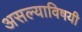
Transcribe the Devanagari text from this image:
असल्याविषयी